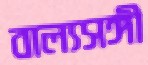
বাল্যসঙ্গী